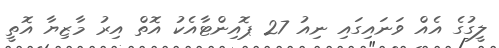
ލީގުގެ އެއް ވަނައިގައި ނިއު 27 ޕޮއިންޓާއެކު އޮތް އިރު މާޒިޔާ އޮތީ